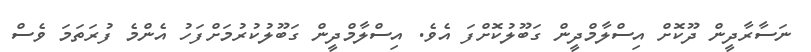
ނަސާރާދީން ދޫކޮށް އިސްލާމްދީން ގަބޫލުކޮށްފަ އެވެ. އިސްލާމްދީން ގަބޫލުކުރުމަށްފަހު އެންމެ ފުރަތަމަ ވެސް